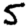
Digit: 5